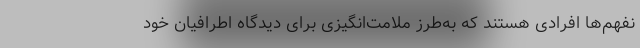
نفهم‌ها افرادی هستند که به‌طرز ملامت‌انگیزی برای دیدگاه اطرافیان خود